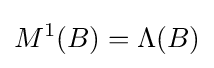
M^{1}(B)=\Lambda (B)